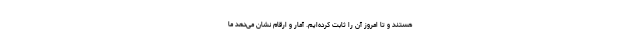
هستند و تا امروز آن را ثابت کرده‌ایم. آمار و ارقام نشان می‌دهد ما